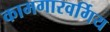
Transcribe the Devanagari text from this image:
कामगारवर्गिय